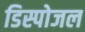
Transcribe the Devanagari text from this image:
डिस्पोजल